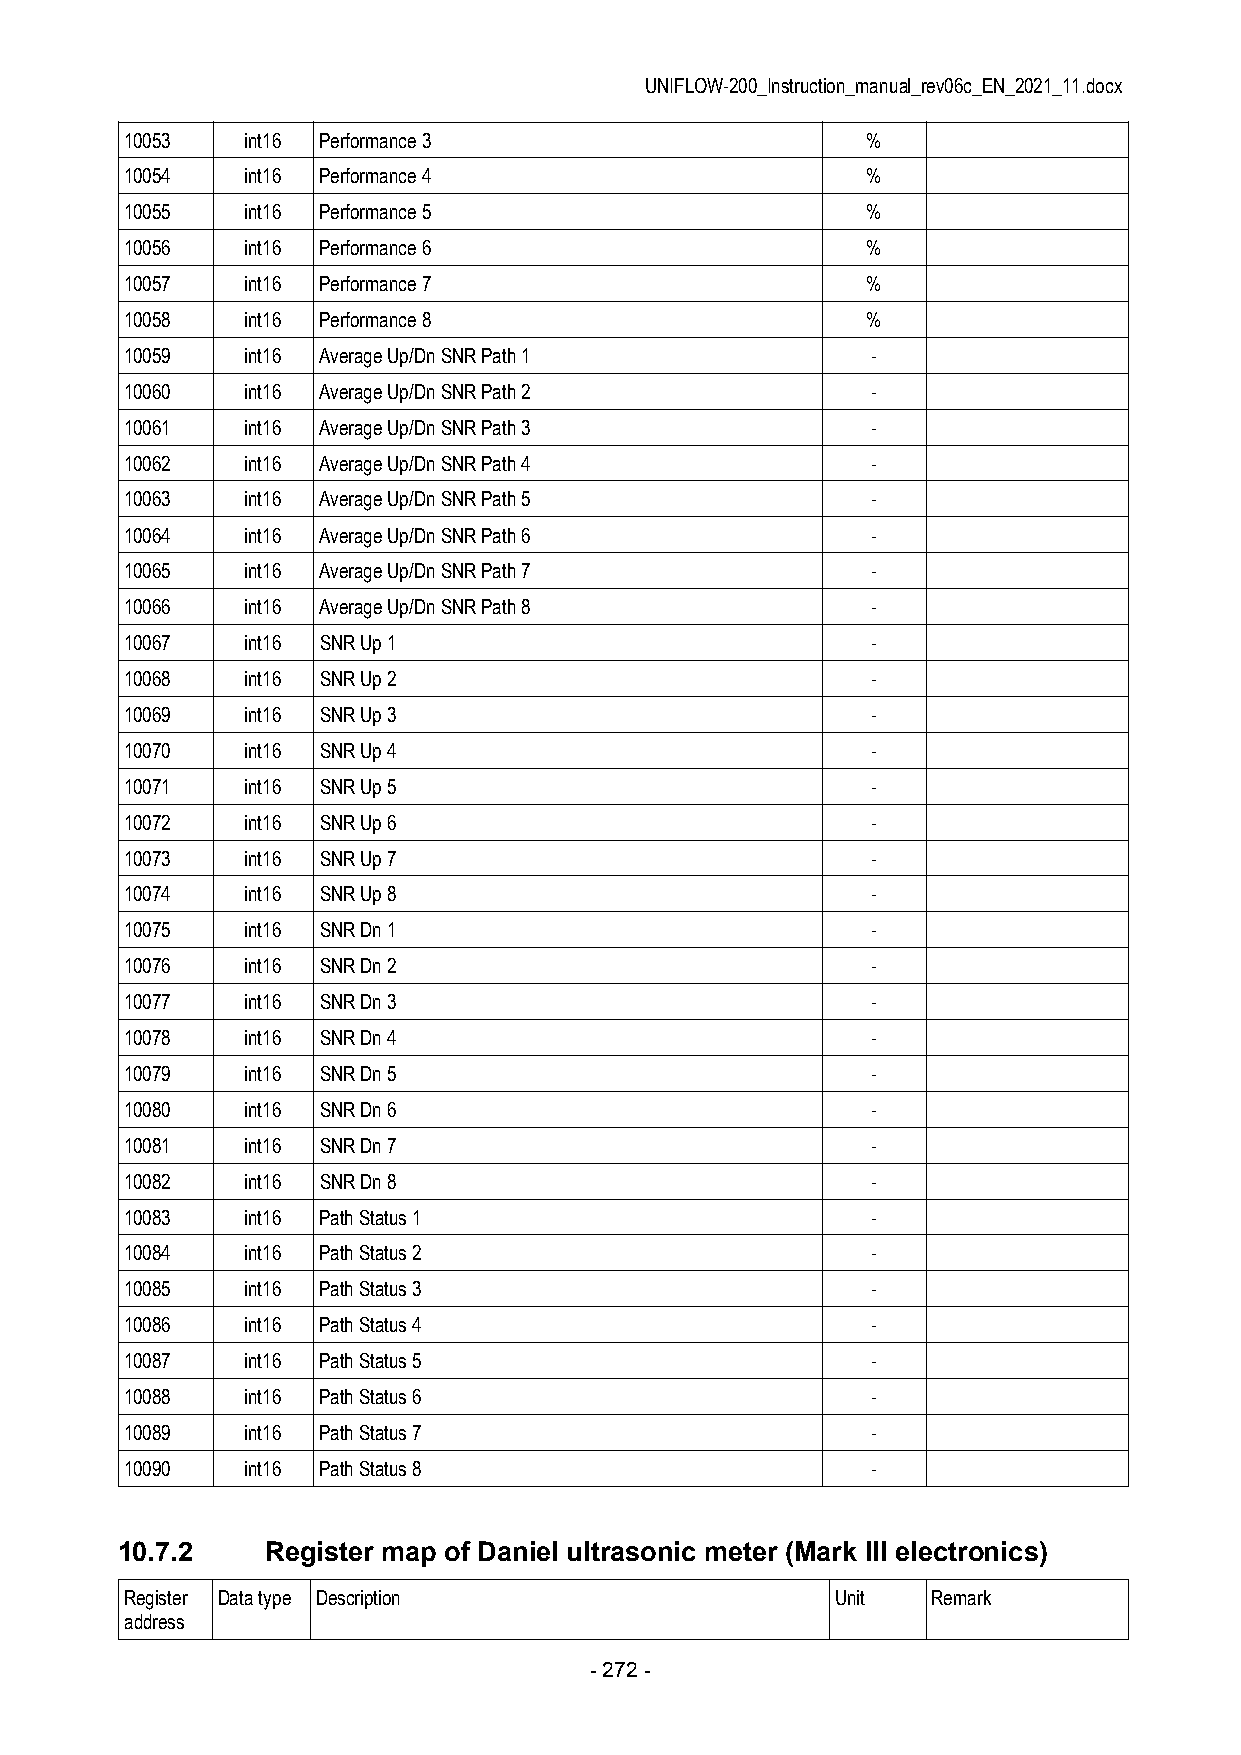
UNIFLOW-200_Instruction_manual_rev06c_EN_2021_11.docx
 10053   int16 Performance 3                      %
 10054   int16 Performance 4                      %
 10055   int16 Performance 5                      %
 10056   int16 Performance 6                      %
 10057   int16 Performance 7                      %
 10058   int16 Performance 8                      %
 10059   int16 Average Up/Dn SNR Path 1            -
 10060   int16 Average Up/Dn SNR Path 2            -
 10061   int16 Average Up/Dn SNR Path 3            -
 10062   int16 Average Up/Dn SNR Path 4            -
 10063   int16 Average Up/Dn SNR Path 5            -
 10064   int16 Average Up/Dn SNR Path 6            -
 10065   int16 Average Up/Dn SNR Path 7            -
 10066   int16 Average Up/Dn SNR Path 8            -
 10067   int16 SNR Up 1                            -
 10068   int16 SNR Up 2                            -
 10069   int16 SNR Up 3                            -
 10070   int16 SNR Up 4                            -
 10071   int16 SNR Up 5                            -
 10072   int16 SNR Up 6                            -
 10073   int16 SNR Up 7                            -
 10074   int16 SNR Up 8                            -
 10075   int16 SNR Dn 1                            -
 10076   int16 SNR Dn 2                            -
 10077   int16 SNR Dn 3                            -
 10078   int16 SNR Dn 4                            -
 10079   int16 SNR Dn 5                            -
 10080   int16 SNR Dn 6                            -
 10081   int16 SNR Dn 7                            -
 10082   int16 SNR Dn 8                            -
 10083   int16 Path Status 1                       -
 10084   int16 Path Status 2                       -
 10085   int16 Path Status 3                       -
 10086   int16 Path Status 4                       -
 10087   int16 Path Status 5                       -
 10088   int16 Path Status 6                       -
 10089   int16 Path Status 7                       -
 10090   int16 Path Status 8                       -
 10.7.2    Register map of Daniel ultrasonic meter (Mark III electronics)
 Register Data type Description                 Unit   Remark
 address
 - 272 -